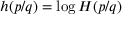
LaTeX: h ( p / q ) = \log H ( p / q )